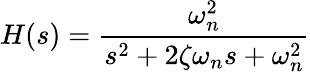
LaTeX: H(s)={\frac{\omega_{n}^{2}}{s^{2}+2\zeta\omega_{n}s+\omega_{n}^{2}}}